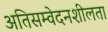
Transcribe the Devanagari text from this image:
अतिसम्वेदनशीलता